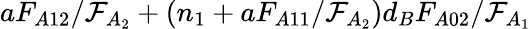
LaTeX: aF_{A12}/\mathcal{F}_{A_{2}}+(n_{1}+aF_{A11}/\mathcal{F}_{A_{2}})d_{B}F_{A02}/\mathcal{F}_{A_{1}}